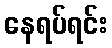
နေရပ်ရင်း